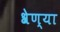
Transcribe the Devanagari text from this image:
श्रेण्या